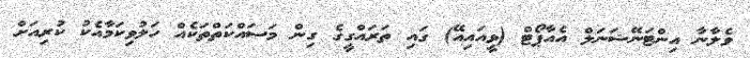
ވެލާނާ އިންޓަނޭޝަނަލް އެއާޕޯޓް (ވީއައިއޭ) ގައި ތަރައްގީގެ ގިން މަސައްކަތްތަކެއް ހަލުވިކަމާއެކު ކުރިއަށް